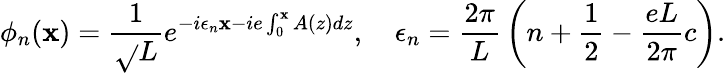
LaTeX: \phi_{n}(\mathbf{x})={\frac{{1}}{{\sqrt{}{L}}}}e^{-i\epsilon_{n}\mathbf{x}-ie\int_{0}^{\mathbf{x}}A(z)dz},\quad\epsilon_{n}={\frac{{2\pi}}{{L}}}\left(n+{\frac{{1}}{{2}}}-{\frac{{eL}}{{2\pi}}}c\right).